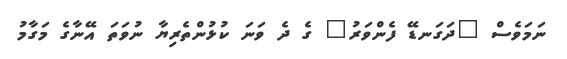
ނަމަވެސް "ދަގަނޑޭ ފެންވަރު" ގެ ދެ ވަނަ ކުޅުންތެރިޔާ ނުވަތަ އޭނާގެ މަގާމު